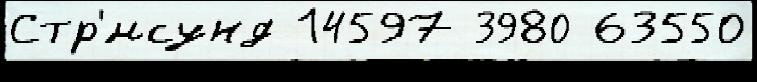
Стр'́мсунд 14597 3980 63550